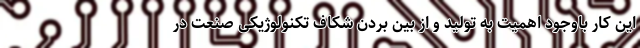
این کار باوجود اهمیت به تولید و از بین بردن شکاف تکنولوژیکی صنعت در